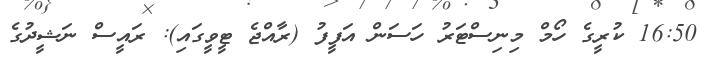
16:50 ކުރީގެ ހޯމް މިނިސްޓަރު ހަސަން އަފީފު (ރާއްޖެ ޓީވީގައި): ރައީސް ނަޝީދުގެ